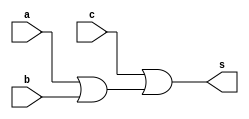

// Nome: Mateus Cunha da Silva 
// --------------------- 
// --------------------- 
// or3 entradas
// ---------------------
module or3Gate ( output s,
 input a, input b, input c);
 	wire z;
   or or1(z, a, b);
	or or2(s, c, z);
 endmodule // 
// --------------------- 
// -- test 
// --------------------- 
module exercicio;

	reg a, b, c;
	wire s;

or3Gate or1 ( s, a, b, c );
// ------ Preparaao
initial begin:start
	a=0;
	b=0;
	c=0;
end 

// ------------------------- parte principal 
initial begin:main
	$display("Exercicioo0010 - Mateus Cunha da Silva - 463624"); 
	$display("Tabela "); 
	$display("\n a | b | c = s\n"); 
	$monitor(" %b | %b | %b = %b ", a, b, c, s);
	#1a=0; b=0; c =1;
	#1a=0; b=1; c =0;
	#1a=0; b=1; c =1;
	#1a=1; b=0; c =1;
	#1a=1; b=1; c =0;
	#1a=1; b=1; c =1;
	

	
end
endmodule//exercicio